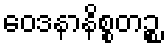
ဝေဒနာနိစ္စတဉ္စ